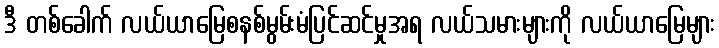
ဒီ တစ်ခေါက် လယ်ယာမြေစနစ်မွမ်းမံပြင်ဆင်မှုအရ လယ်သမားများကို လယ်ယာမြေများ